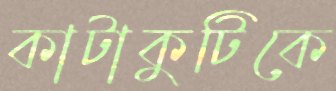
কাটাকুটিকে